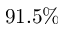
9 1 . 5 \%